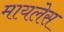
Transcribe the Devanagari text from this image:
मायलेस